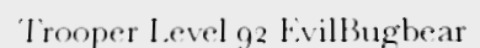
Trooper Level 92 EvilBugbear